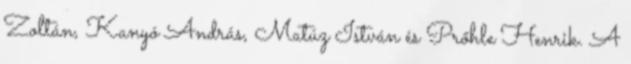
Zoltán, Kanyó András, Matúz István és Prőhle Henrik. A